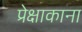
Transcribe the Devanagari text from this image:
प्रेक्षाकाना